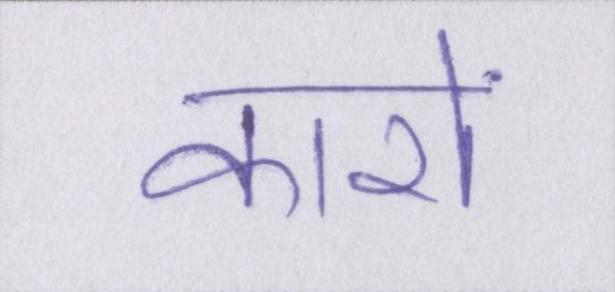
कारों